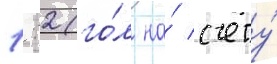
1:2 (го́л на́ счету́